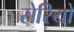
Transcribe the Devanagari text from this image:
सेरियो